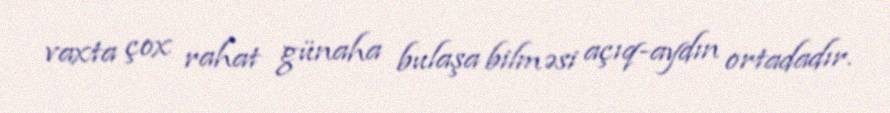
vaxta çox rahat günaha bulaşa bilməsi açıq-aydın ortadadır.